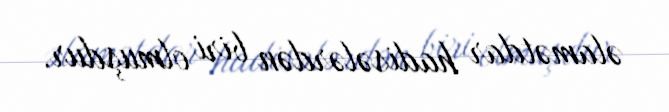
əlamətdar hadisələrdən biri olmuşdur.